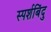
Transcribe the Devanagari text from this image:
स्पर्शबिंदु